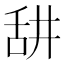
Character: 𦧏